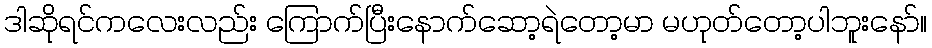
ဒါဆိုရင်ကလေးလည်း ကြောက်ပြီးနောက်ဆော့ရဲတော့မာ မဟုတ်တော့ပါဘူးနော်။